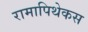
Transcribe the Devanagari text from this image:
रामापिथेकस